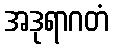
အဒုရာဂတံ